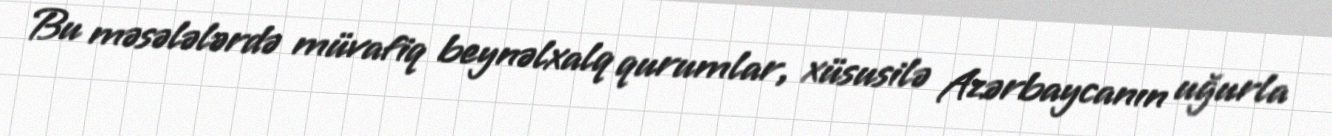
Bu məsələlərdə müvafiq beynəlxalq qurumlar, xüsusilə Azərbaycanın uğurla